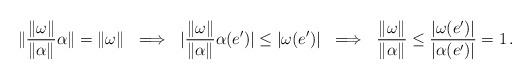
LaTeX: \begin{align*}\|{\|\omega\|\over \|\alpha\|}\alpha\|=\|\omega\| \ \implies \ |{\|\omega\|\over \|\alpha\|}\alpha(e')|\leq |\omega(e')| \ \implies \ {\|\omega\|\over \|\alpha\|}\leq {|\omega(e')|\over|\alpha(e')|}=1 \, .\end{align*}